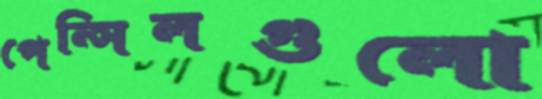
পেন্সিলগুলো